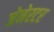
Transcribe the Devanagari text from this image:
जेनेरटर